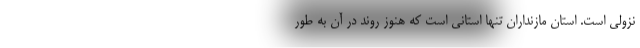
نزولی است. استان مازنداران تنها استانی است که هنوز روند در آن به طور